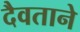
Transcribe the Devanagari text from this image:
दैवताने